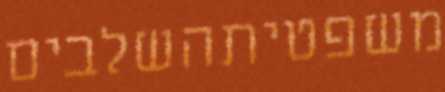
משפטיתהשלבים